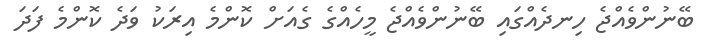
ބޭނުންވެއްޖެ ހިނދެއްގައި ބޭނުންވެއްޖެ މީހެއްގެ ގެއަށް ކޮންމެ އިރަކު ވަދެ ކޮންމެ ފަދަ